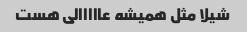
شیلا مثل همیشه عااااالی هست